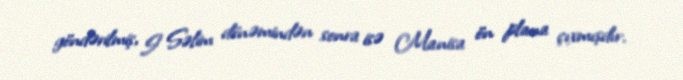
göndərilmiş, I Səlim dönəmindən sonra isə Manisa ön plana çıxmışdır.